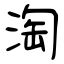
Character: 淘